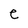
Character: e